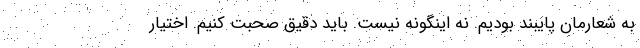
به شعارمان پایبند بودیم. نه اینگونه نیست. باید دقیق صحبت کنیم. اختیار